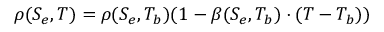
\rho ( S _ { e } , T ) = \rho ( S _ { e } , T _ { b } ) ( 1 - \beta ( S _ { e } , T _ { b } ) \cdot ( T - T _ { b } ) )